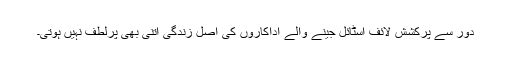
دور سے پرکشش لائف اسٹائل جینے والے اداکاروں کی اصل زندگی اتنی بھی پرلطف نہیں ہوتی۔